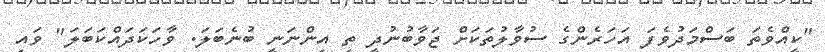
"ކީއްވެތަ ބަސްމަދުވެފަ އަހަރެންގެ ސުވާލުތަކަށް ޖަވާބުނުދީ ތި އިންނަނީ ބުނެބަލަ. ވާހަކަދައްކަބަލަ" ވައި